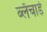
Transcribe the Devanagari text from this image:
ब्लँचार्ड